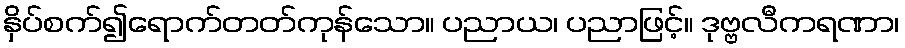
နှိပ်စက်၍ရောက်တတ်ကုန်သော။ ပညာယ၊ ပညာဖြင့်။ ဒုဗ္ဗလီကရဏာ၊